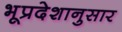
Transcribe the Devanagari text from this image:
भूप्रदेशानुसार